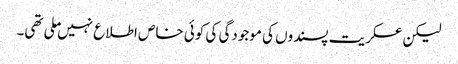
لیکن عسکریت پسندوں کی موجودگی کی کوئی خاص اطلاع نہیں ملی تھی۔